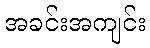
အခင်းအကျင်း